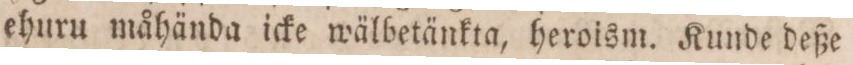
ehuru måhända icke wälbetänkta, heroism. Kunde deße